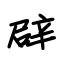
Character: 辟